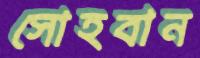
সোহবান